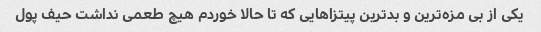
یکی از بی مزه‌ترین و بدترین پیتزاهایی که تا حالا خوردم هیچ طعمی نداشت حیف پول